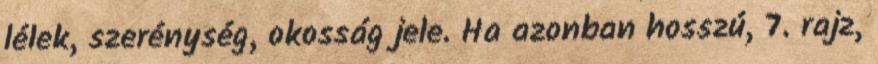
lélek, szerénység, okosság jele. Ha azonban hosszú, 7. rajz,